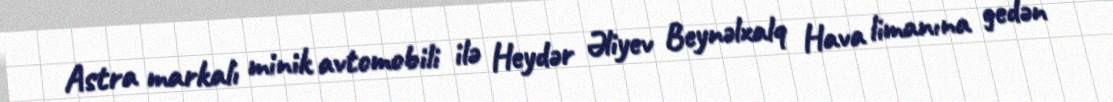
Astra markalı minik avtomobili ilə Heydər Əliyev Beynəlxalq Hava limanına gedən